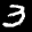
Label: 3